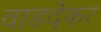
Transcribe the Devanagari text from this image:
वाडदेकर